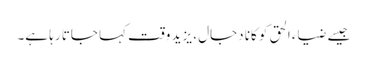
جیسے ضیاء الحق کو کانا دجال ، یزید وقت کہا جاتا رہا ہے۔